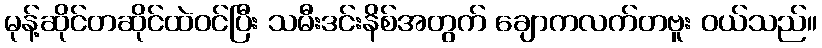
မုန့်ဆိုင်တဆိုင်ထဲဝင်ပြီး သမီးဒင်းနိစ်အတွက် ချောကလက်တဗူး ဝယ်သည်။